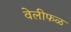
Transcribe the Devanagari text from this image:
वेलीफळ